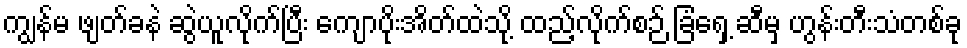
ကျွန်မ ဖျတ်ခနဲ ဆွဲယူလိုက်ပြီး ကျောပိုးအိတ်ထဲသို့ ထည့်လိုက်စဉ် ခြံရှေ့ ဆီမှ ဟွန်းတီးသံတစ်ခု